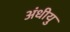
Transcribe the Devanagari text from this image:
अंधीयु